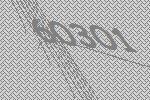
60301